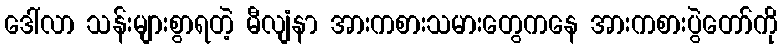
ဒေါ်လာ သန်းများစွာရတဲ့ မီလျံနာ အားကစားသမားတွေကနေ အားကစားပွဲတော်ကို